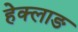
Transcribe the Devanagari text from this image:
हेक्लाङ